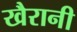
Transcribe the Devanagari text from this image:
खैरानी